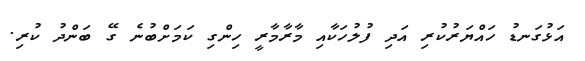
އަޅުގަނޑު ހައްޔަރުކުރި އަދި ފުލުހަކާއި މާރާމާރީ ހިންގި ކަމަށްބުނެ ގޭ ބަންދު ކުރި.